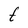
Character: t